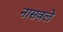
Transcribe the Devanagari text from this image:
नासवले